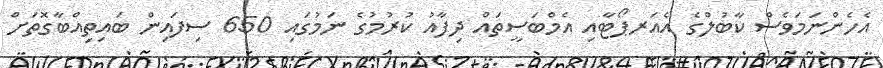
އެހެންނަމަވެސް ކާބުލްގެ އެއަރޕޯޓާއި އެމްބަސީތައް ދިފާއު ކުރުމުގެ ނަމުގައި 650 ސިފައިން ބައިތިއްބާގޮތަށް